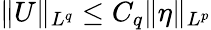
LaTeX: \| U\| _{L^{q}}\le C_{q}\| \eta\| _{L^{p}}